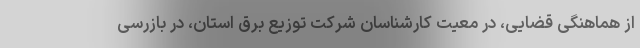
از هماهنگی قضایی، در معیت کارشناسان شرکت توزیع برق استان، در بازرسی